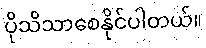
ပိုသိသာစေနိုင်ပါတယ်။